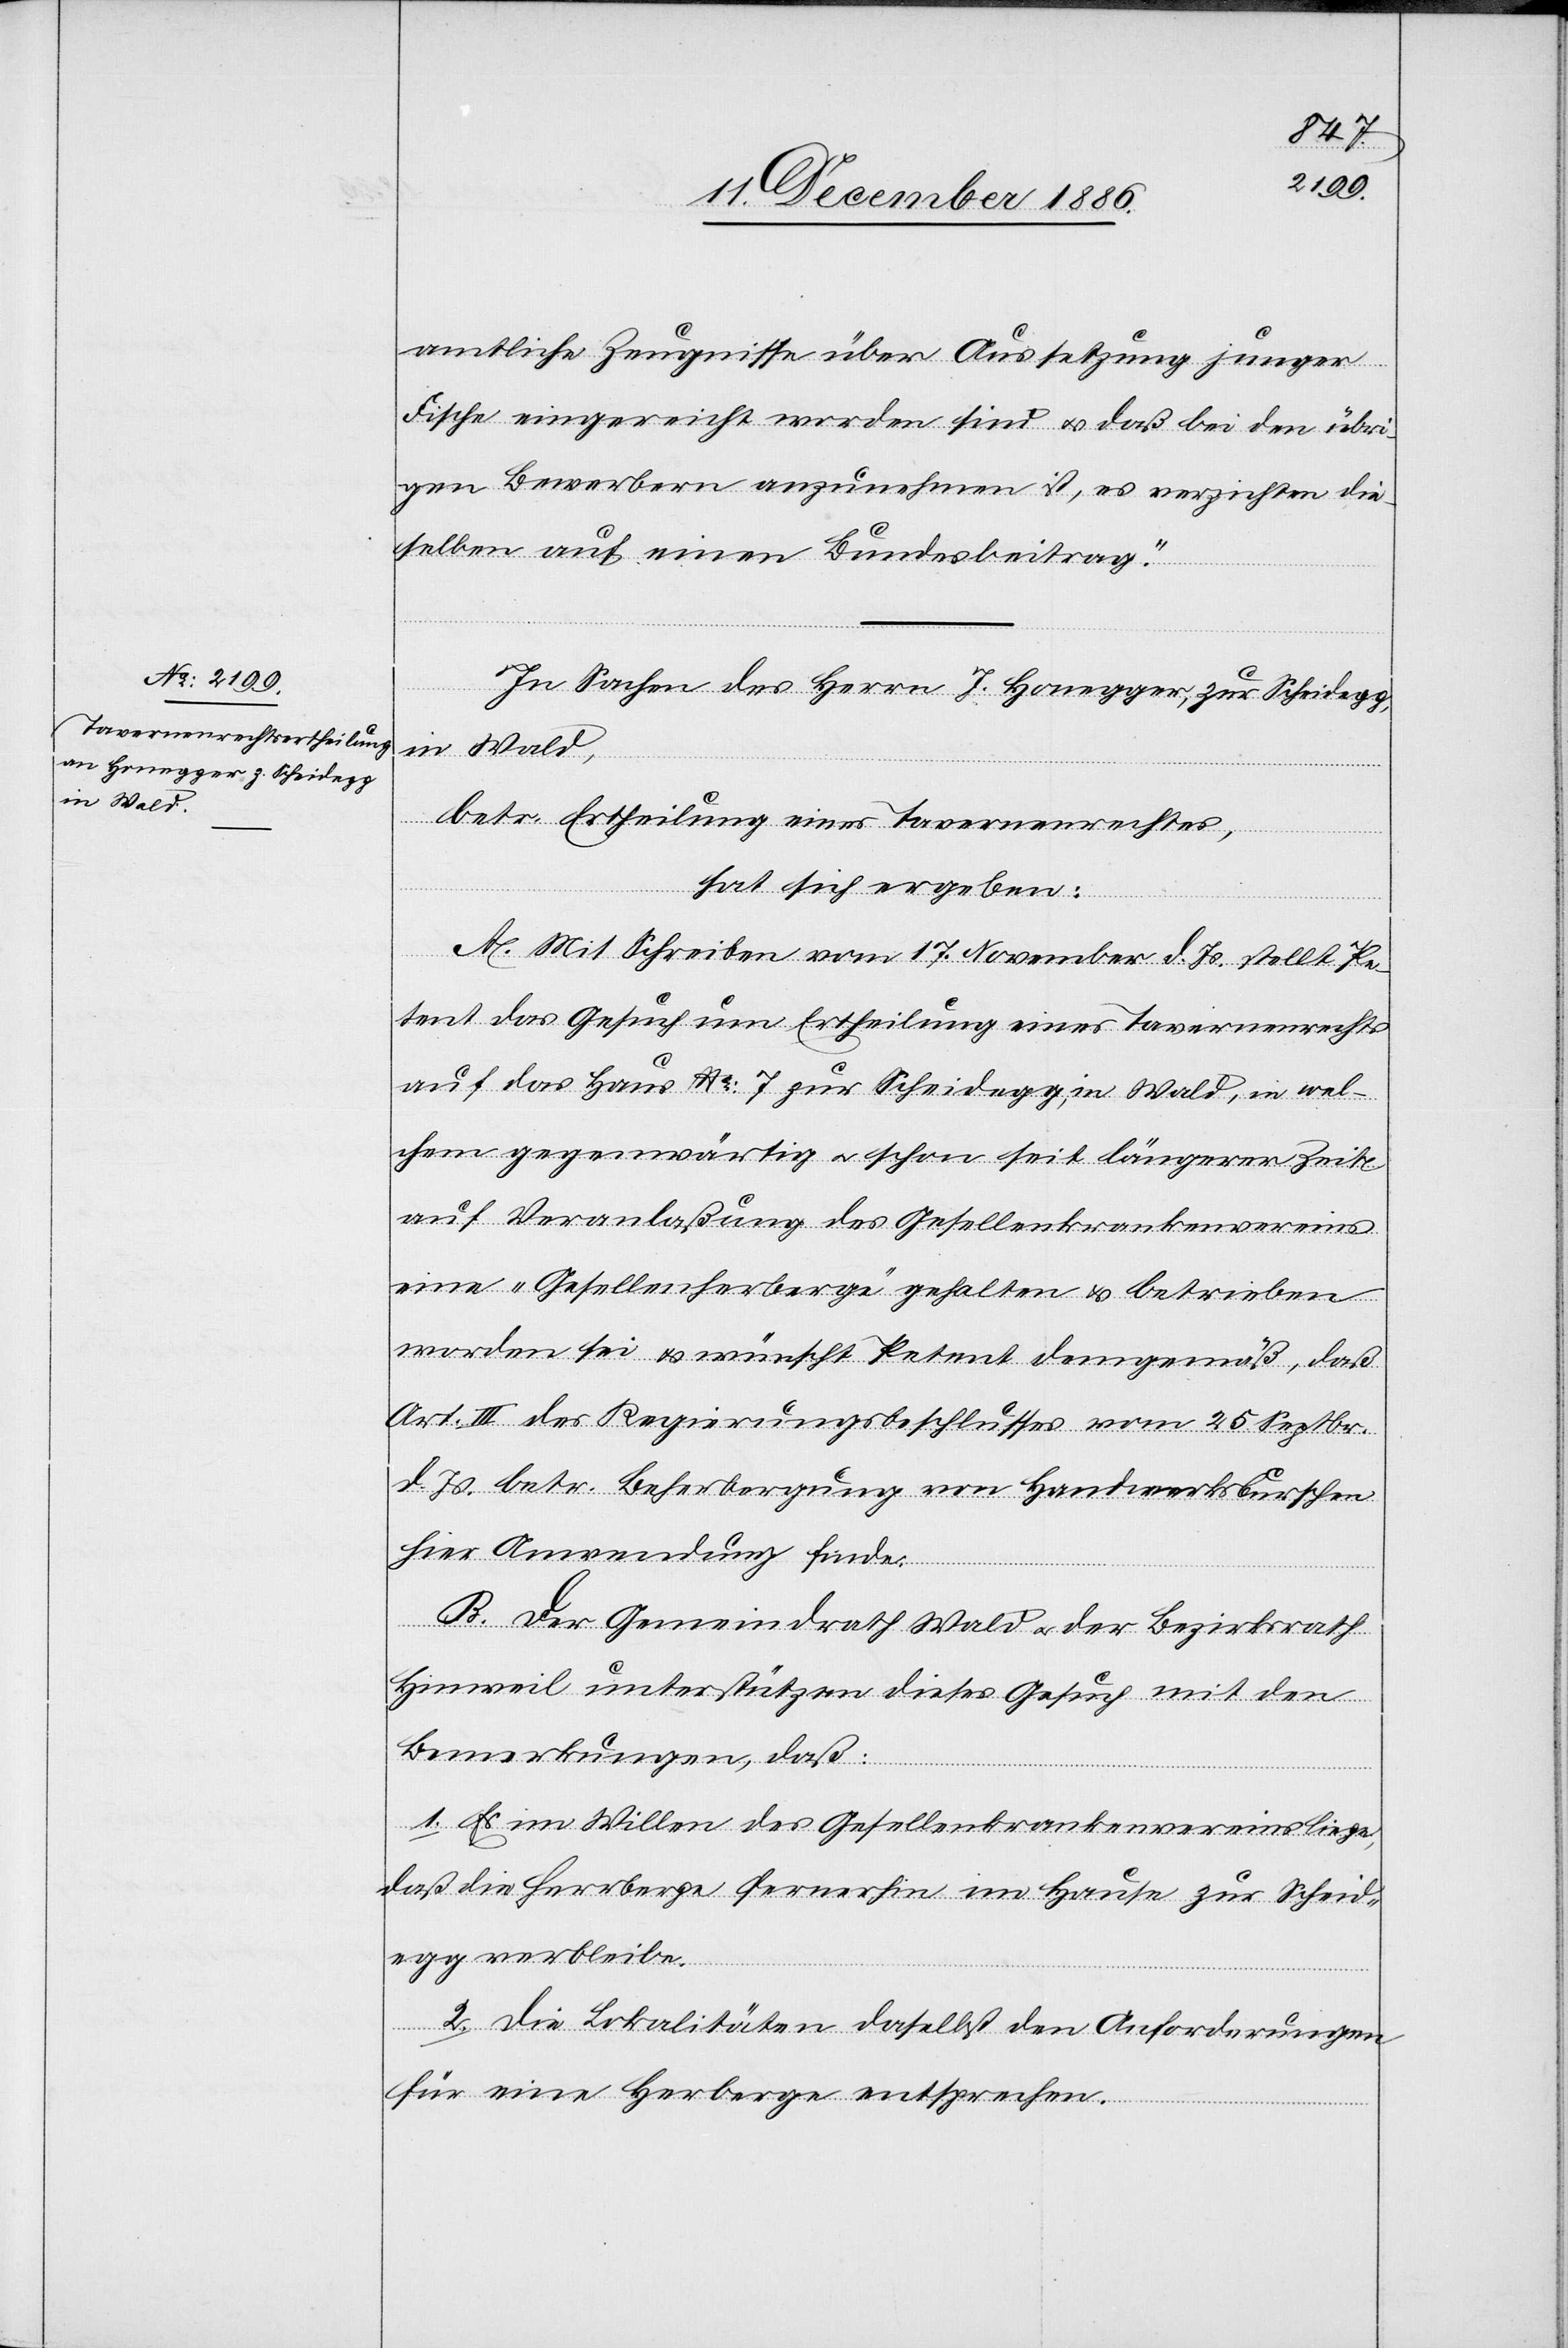
amtliche Zeugnisse über Aussetzung junger
Fische eingereicht worden sind & daß bei den übri¬
gen Bewerbern anzunehmen ist, es verzichten die¬
selben auf einen Bundesbeitrag.“
In Sachen des Herrn J. Honegger, zur Scheidegg,
in Wald,
betr. Ertheilung eines Tavernenrechtes,
hat sich ergeben:
A. Mit Schreiben vom 17. November d. Js. stellt Pe¬
tent das Gesuch um Ertheilung eines Tavernenrechts
auf das Haus No: 7 zur Scheidegg, in Wald, in wel¬
chem gegenwärtig & schon seit längerer Zeit
auf Veranlaßung des Gesellenkrankenvereins
eine „Gesellenherberge“ gehalten & betrieben
worden sei & wünscht Petent demgemäß, daß
Art. III des Regierungsbeschlusses vom 25. Septbr.
d. Js. betr. Beherbergung von Handwerksburschen
hier Anwendung finde.
B. Der Gemeindrath Wald & der Bezirksrath
Hinweil unterstützen dieses Gesuch mit den
Bemerkungen, daß:
1. Es im Willen des Gesellenkrankenvereins liege,
daß die Herrberge [sic!] fernerhin im Hause zur Scheid¬
egg verbleibe.
2. Die Lokalitäten daselbst den Anforderungen
für eine Herberge entsprechen.